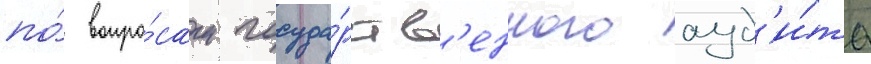
по́ вопро́сам госуда́рств'енного ауд'и́та